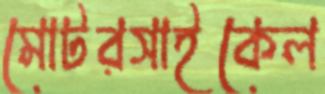
মোটরসাইকেল